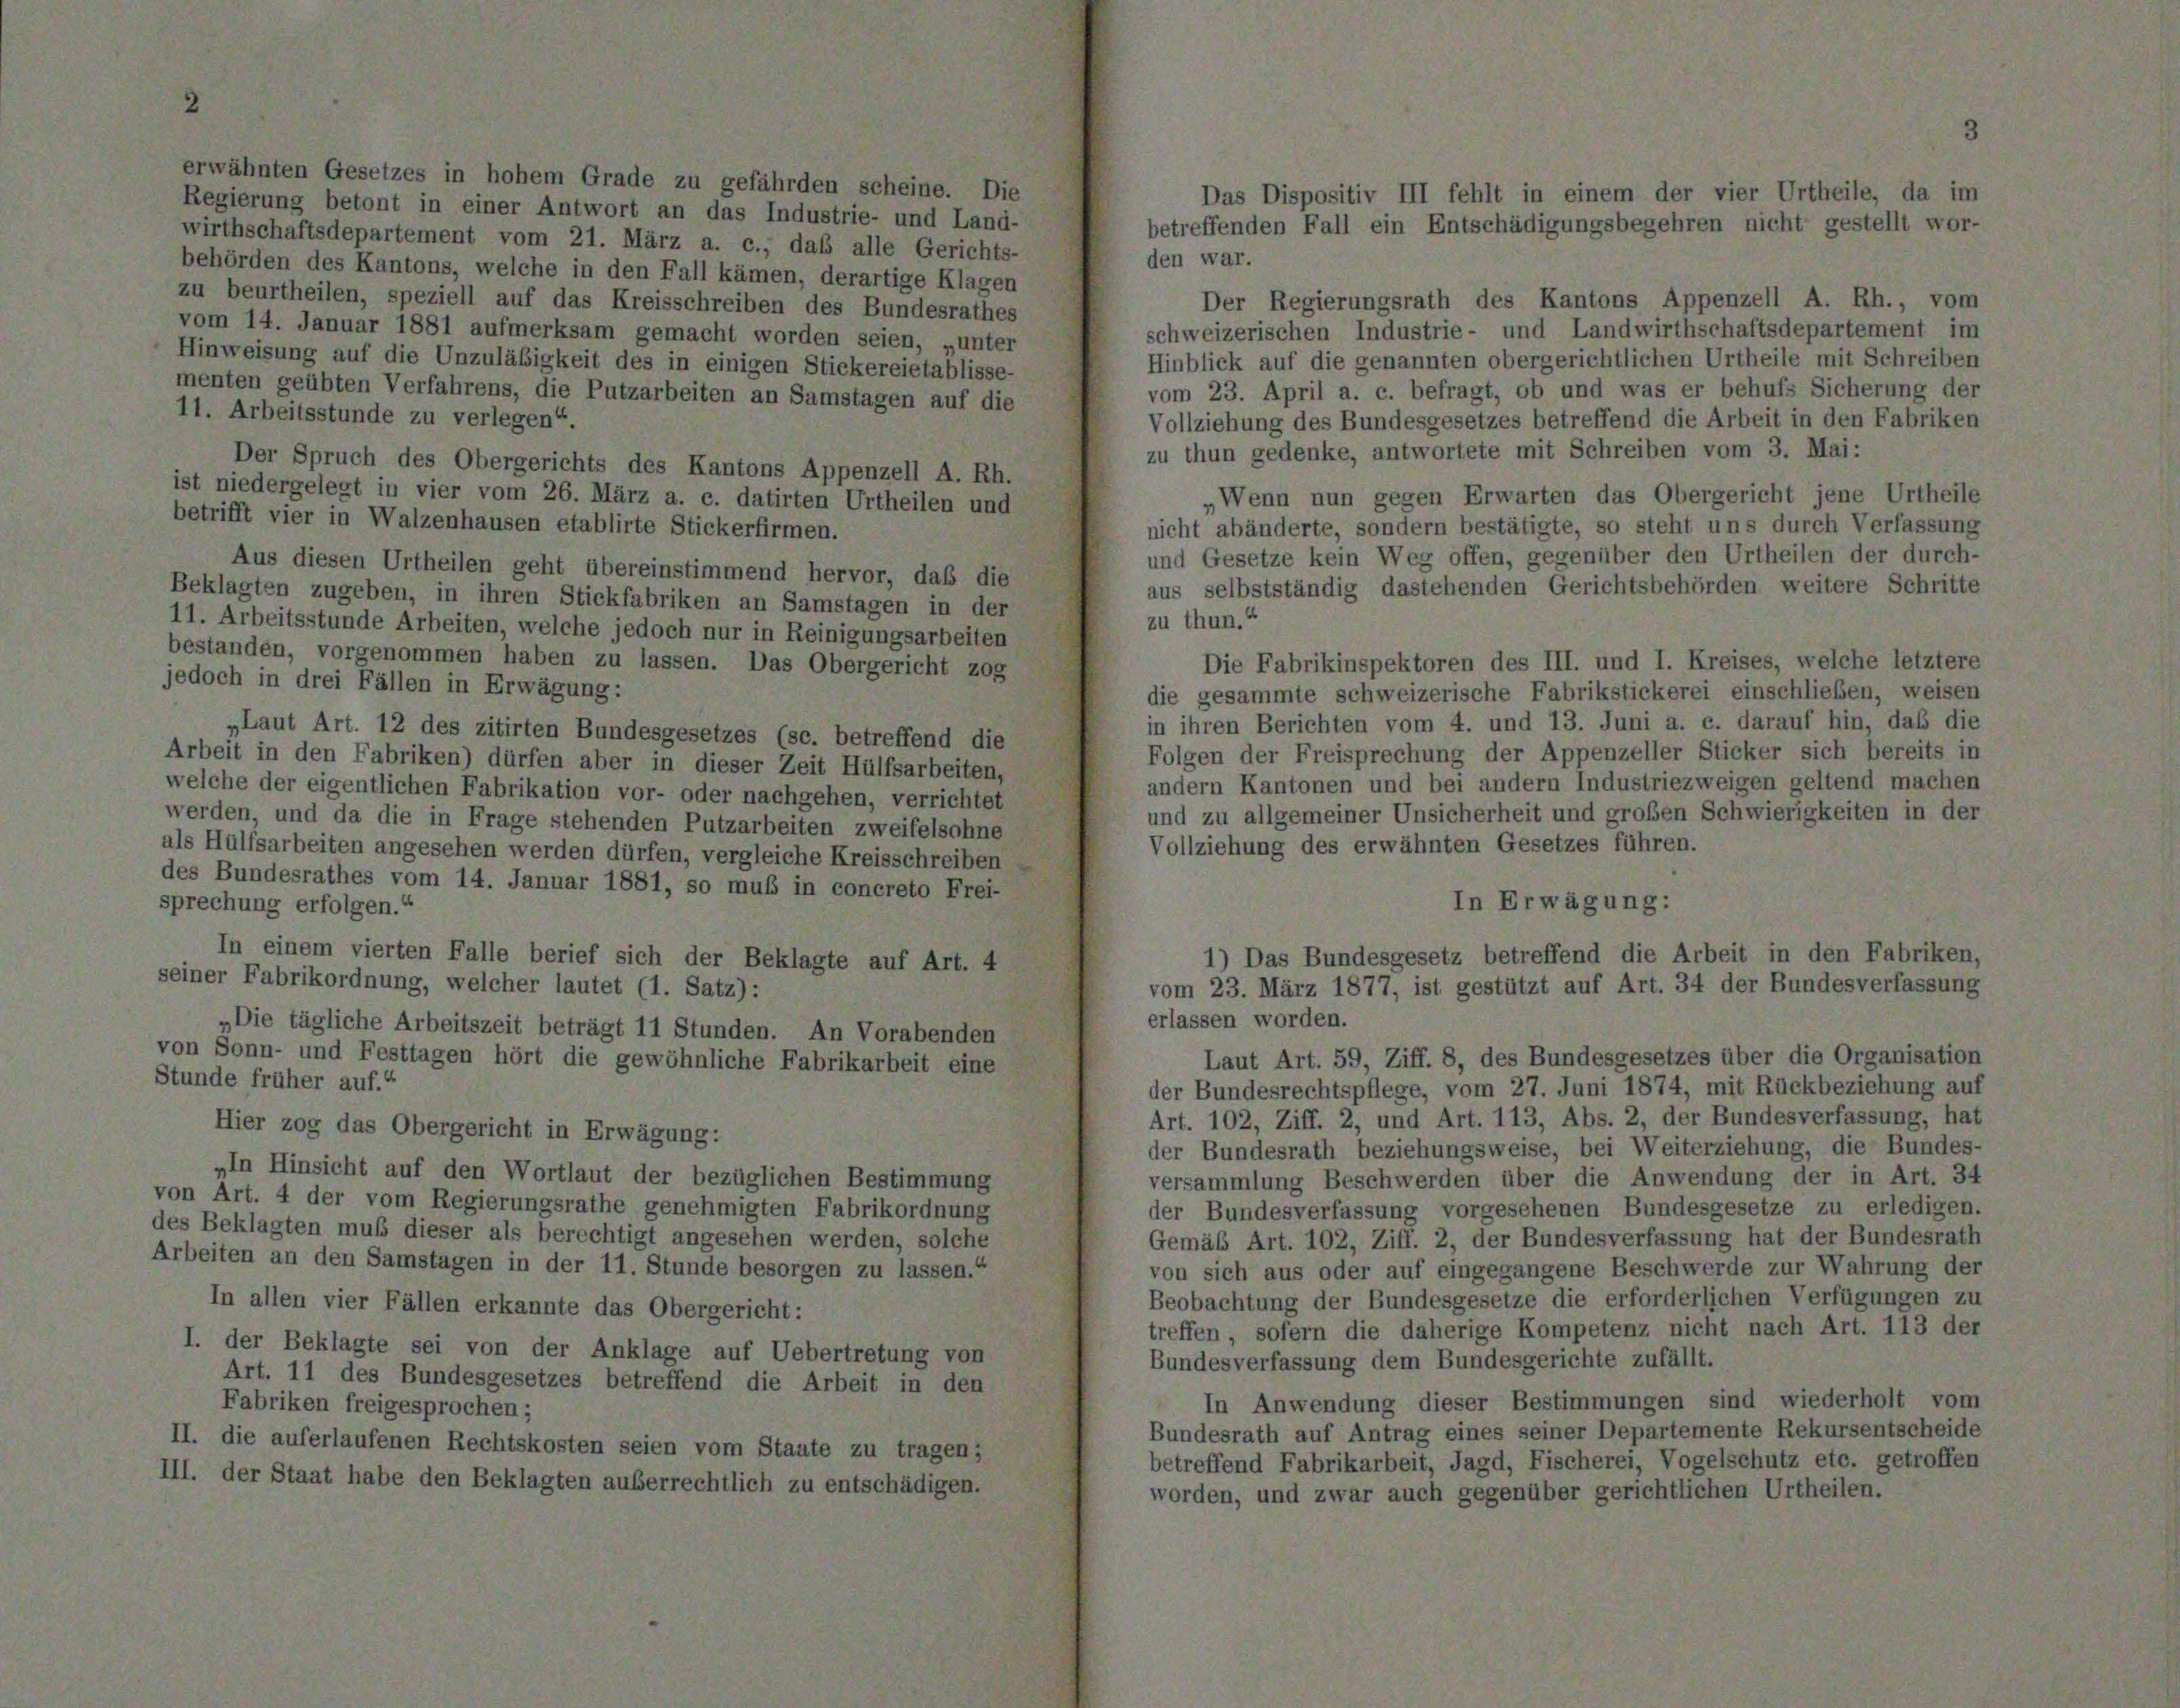
rwähnten Gesetzes in hohem Grade zu gefährden scheine. Die
Regierung betont in einer Antwort an das Industrie- und Land-
wirthschaftsdepartement vom 21. März a. c., das alle Gerichts-
den war.
behörden des Kantons, welche in den Fall kämen, derartige Klagen
zu beurtheilen, speziell auf das Kreisschreiben des Bundesrathes
Der Regierungsrath des Kantons Appenzell A. Rh., vom
schweizerischen Industrie- und Landwirthschaftsdepartement im
vom 14. Januar 1881 aufmerksam gemacht worden seien, „unter
Hinweisung auf die Unzuläßigkeit des in einigen Stickereietablisse-
Hinblick auf die genannten obergerichtlichen Urtheile mit Schreiben
vom 23. April a. c. befragt, ob und was er behufs Sicherung der
menten geübten Verfahrens, die Putzarbeiten an Samstagen auf die
11. Arbeitsstunde zu verlegen“
Vollziehung des Bundesgesetzes betreffend die Arbeit in den Fabriken
zu thun gedenke, antwortete mit Schreiben vom 3. Mai:
Der Spruch des Obergerichts des Kantons Appenzell A. Rh.
ist niedergelegt in vier vom 26. März a. c. datirten Urtheilen und
Wenn nun gegen Erwarten das Obergericht jene Urtheile
betrifft vier in Walzenhausen etablirte Stickerfirmen.
nicht abänderte, sondern bestätigte, so steht uns durch Verfassung
und Gesetze kein Weg offen, gegenüber den Urtheilen der durch-
Aus diesen Urtheilen geht übereinstimmend hervor, daß die
aus selbstständig dastehenden Gerichtsbehörden weitere Schritte
Beklagten zugeben, in ihren Stickfabriken an Samstagen in der
zu thun.“
11. Arbeitsstunde Arbeiten, welche jedoch nur in Reinigungsarbeiten
bestanden, vorgenommen haben zu lassen. Das Obergericht zog
Die Fabrikinspektoren des III. und I. Kreises, welche letztere
jedoch in drei Fällen in Erwägung:
die gesammte schweizerische Fabrikstickerei einschließen, weisen
in ihren Berichten vom 4. und 13. Juni a. c. darauf hin, daß die
„Laut Art. 12 des zitirten Bundesgesetzes (sc. betreffend die
Folgen der Freisprechung der Appenzeller Sticker sich bereits in
Arbeit in den Fabriken) dürfen aber in dieser Zeit Hülfsarbeiten,
andern Kantonen und bei andern Industriezweigen geltend machen
welche der eigentlichen Fabrikation vor- oder nachgehen, verrichtet
und zu allgemeiner Unsicherheit und großen Schwierigkeiten in der
werden, und da die in Frage stehenden Putzarbeiten zweifelsohne
Vollziehung des erwähnten Gesetzes führen.
als Hülfsarbeiten angesehen werden dürfen, vergleiche Kreisschreiben
des Bundesrathes vom 14. Januar 1881, so muß in concreto Frei-
In Erwägung:
sprechung erfolgen.“
In einem vierten Falle berief sich der Beklagte auf Art. 4
1) Das Bundesgesetz betreffend die Arbeit in den Fabriken,
seiner Fabrikordnung, welcher lautet (1. Satz):
vom 23. März 1877, ist gestützt auf Art. 34 der Bundesverfassung
erlassen worden.
„Die tägliche Arbeitszeit beträgt 11 Stunden. An Vorabenden
von Sonn- und Festtagen hört die gewöhnliche Fabrikarbeit eine
Laut Art. 59, Ziff. 8, des Bundesgesetzes über die Organisation
Stunde früher auf.“
der Bundesrechtspflege, vom 27. Juni 1874, mit Rückbeziehung auf
Art. 102, Ziff. 2, und Art. 113, Abs. 2, der Bundesverfassung, hat
Hier zog das Obergericht in Erwägung:
der Bundesrath beziehungsweise, bei Weiterziehung, die Bundes-
„In Hinsicht auf den Wortlaut der bezüglichen Bestimmung
versammlung Beschwerden über die Anwendung der in Art. 34
von Art. 4 der vom Regierungsrathe genehmigten Fabrikordnung
der Bundesverfassung vorgesehenen Bundesgesetze zu erledigen.
des Beklagten muß dieser als berechtigt angesehen werden, solche
Gemäß Art. 102, Ziff. 2, der Bundesverfassung hat der Bundesrath
Arbeiten an den Samstagen in der 11. Stunde besorgen zu lassen.“
von sich aus oder auf eingegangene Beschwerde zur Wahrung der
Beobachtung der Bundesgesetze die erforderlichen Verfügungen zu
In allen vier Fällen erkannte das Obergericht:
treffen, sofern die daherige Kompetenz nicht nach Art. 113 der
I. der Beklagte sei von der Anklage auf Uebertretung von
Bundesverfassung dem Bundesgerichte zufällt.
Art. 11 des Bundesgesetzes betreffend die Arbeit in den
In Anwendung dieser Bestimmungen sind wiederholt vom
Fabriken freigesprochen;
Bundesrath auf Antrag eines seiner Departemente Rekursentscheide
II. die auferlaufenen Rechtskosten seien vom Staate zu tragen;
betreffend Fabrikarbeit, Jagd, Fischerei, Vogelschutz etc. getroffen
III. der Staat habe den Beklagten auserrechtlich zu entschädigen.
worden, und zwar auch gegenüber gerichtlichen Urtheilen.

Das Dispositiv III fehlt in einem der vier Urtheile, da im
betreffenden Fall ein Entschädigungsbegehren nicht gestellt wor-